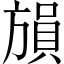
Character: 𪯾